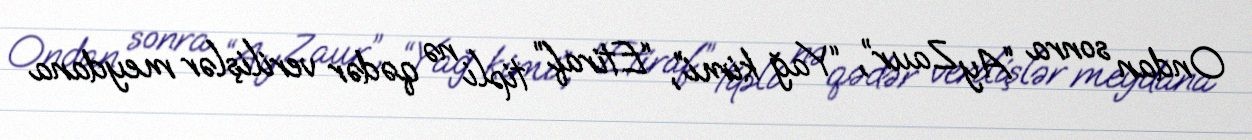
Ondan sonra “Ay Zaur”, “Yağ kimi”, “Etiraf” tipli nə qədər verilişlər meydana